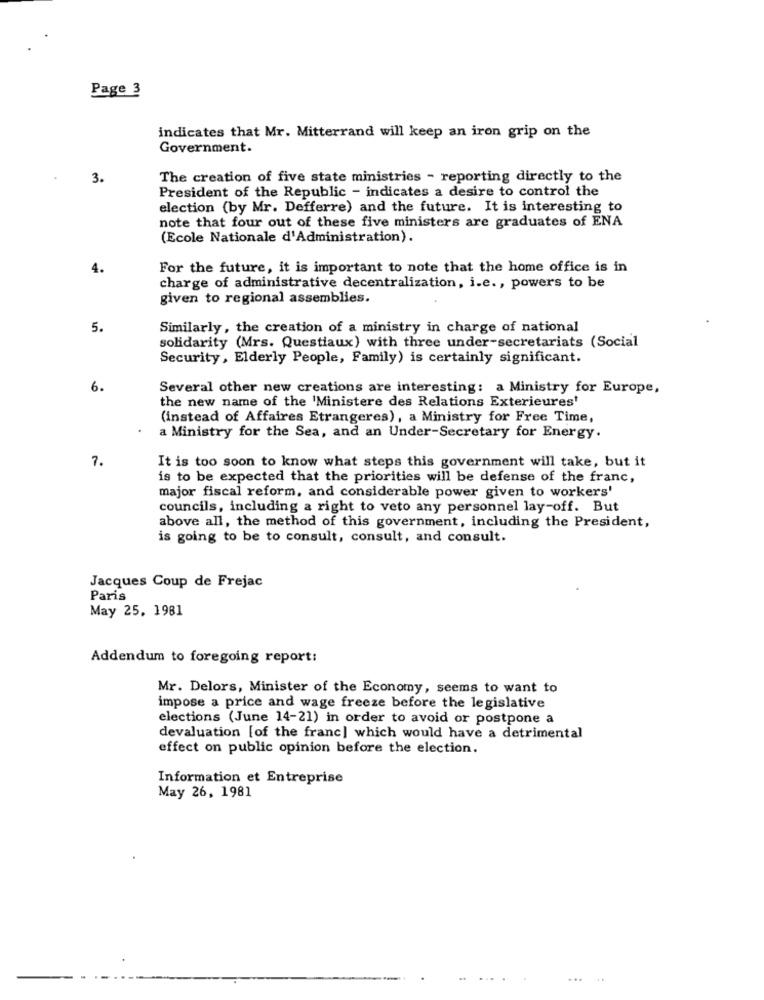
Page 3
indicates that Mr. Mitterrand will keep an iron grip on the
Government.
3.
The creation of five state ministries - reporting directly to the
President of the Republic - indicates a desire to control the
election (by Mr. Defferre) and the future. It is interesting to
note that four out of these five ministers are graduates of ENA
(Ecole Nationale d'Administration).
4.
For the future, it is important to note that the home office is in
charge of administrative decentralization, i.e ., powers to be
given to regional assemblies.
5.
Similarly, the creation of a ministry in charge of national
solidarity (Mrs. Questiaux) with three under-secretariats (Social
Security, Elderly People, Family) is certainly significant.
6.
Several other new creations are interesting: a Ministry for Europe,
the new name of the 'Ministere des Relations Exterieures'
(instead of Affaires Etrangeres), a Ministry for Free Time,
a Ministry for the Sea, and an Under-Secretary for Energy.
7.
It is too soon to know what steps this government will take, but it
is to be expected that the priorities will be defense of the franc,
major fiscal reform, and considerable power given to workers'
councils, including a right to veto any personnel lay-off. But
above all, the method of this government, including the President,
is going to be to consult, consult, and consult.
Jacques Coup de Frejac
Paris
May 25. 1981
Addendum to foregoing report:
Mr. Delors, Minister of the Economy, seems to want to
impose a price and wage freeze before the legislative
elections (June 14-21) in order to avoid or postpone a
devaluation [of the franc] which would have a detrimental
effect on public opinion before the election.
Information et Entreprise
May 26, 1981
...